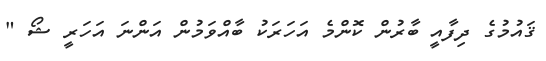
ޤައުމުގެ ދިފާއީ ބާރުން ކޮންމެ އަހަރަކު ބާއްވަމުން އަންނަ އަހަރީ ޝޯ "